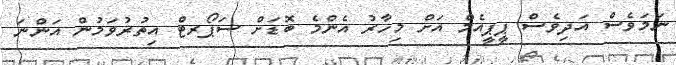
ނަމަވެސް އަދިވެސް ޕީޕީއެމް އަށް މިހާރު އެންމެ ބޮޑަށް ސަޕޯރޓް އިތުރުވަމުން އަންނަ